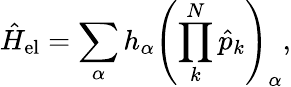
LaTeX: \hat{H}_{\mathrm{el}}=\sum_{\alpha}h_{\alpha}\left(\prod_{k}^{N}\hat{p}_{k}\right)_{\alpha},